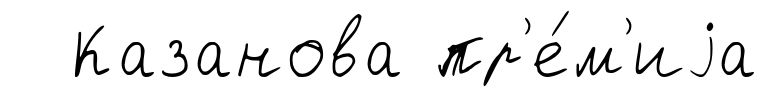
Казанова пр'е́м'иjа